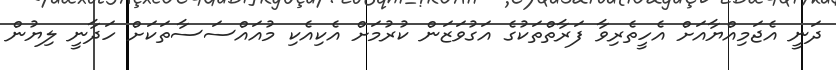
ދަނީ އެޖަމިއްޔާއަށް އެހީތެރިވާ ފަރާތްތަކުގެ އަގުވަޒަން ކުރުމަށް އެކިއެކި މުއައްސަސާތަކަށް ހަދާނީ ލިޔުން